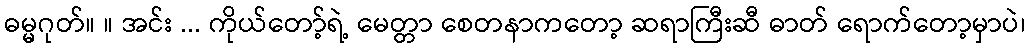
ဓမ္မဂုတ်။ ။ အင်း ... ကိုယ်တော့်ရဲ့ မေတ္တာ စေတနာကတော့ ဆရာကြီးဆီ ဓာတ် ရောက်တော့မှာပဲ၊